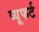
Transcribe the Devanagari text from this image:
व्यूफर्ट